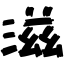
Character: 滋